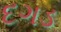
દગડ